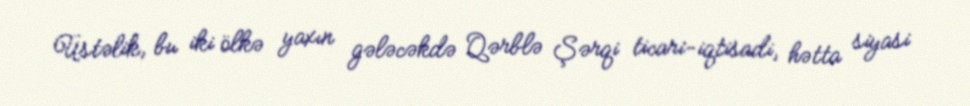
Üstəlik, bu iki ölkə yaxın gələcəkdə Qərblə Şərqi ticari-iqtisadi, hətta siyasi